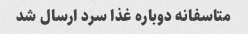
متاسفانه دوباره غذا سرد ارسال شد